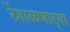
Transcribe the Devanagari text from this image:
रेंगाळणार्‍या